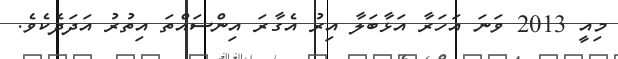
މިއީ 2013 ވަނަ އަހަރާ އަޅާބަލާ އިރު އެގާރަ އިންސައްތަ އިތުރު އަދަދެކެވެ.